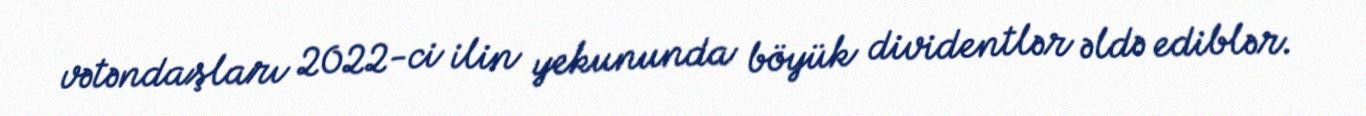
vətəndaşları 2022-ci ilin yekununda böyük dividentlər əldə ediblər.